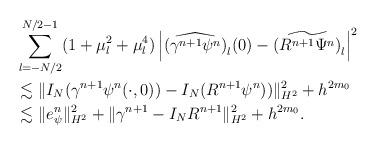
LaTeX: \begin{align*}&\sum_{l=-N/2}^{N/2-1}(1+\mu_l^2+\mu_l^4)\left|\widehat{(\gamma^{n+1}\psi^n)}_l(0)-\widetilde{(R^{n+1}\Psi^n)}_l\right|^2\\&\lesssim\|I_N(\gamma^{n+1}\psi^n(\cdot,0))-I_N(R^{n+1}\psi^n))\|_{H^2}^2+h^{2m_0}\\&\lesssim\|e_\psi^n\|_{H^2}^2+\|\gamma^{n+1}-I_NR^{n+1}\|_{H^2}^2+h^{2m_0}.\end{align*}